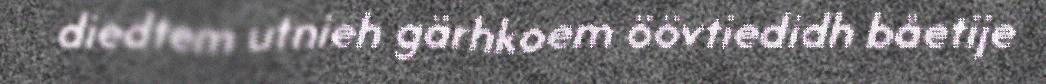
diedtem utnieh gärhkoem öövtiedidh båetije